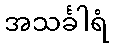
အသင်္ခါရံ